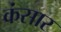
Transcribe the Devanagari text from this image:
कंसार